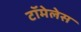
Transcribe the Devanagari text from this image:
टॉमेलेस